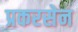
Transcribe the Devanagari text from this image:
प्रकरसेन